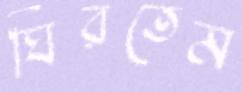
ঘিরতেম